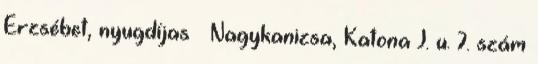
Erzsébet, nyugdíjas – Nagykanizsa, Katona J. u. 7. szám